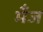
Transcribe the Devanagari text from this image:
मँज